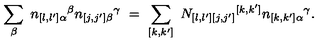
\sum _ { \beta } \ n _ { [ l , l ^ { \prime } ] \alpha } { } ^ { \beta } n _ { [ j , j ^ { \prime } ] \beta } { } ^ { \gamma } \ = \ \sum _ { [ k , k ^ { \prime } ] } \ N _ { [ l , l ^ { \prime } ] [ j , j ^ { \prime } ] } { } ^ { [ k , k ^ { \prime } ] } n _ { [ k , k ^ { \prime } ] \alpha } { } ^ { \gamma } .